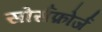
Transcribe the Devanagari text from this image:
सोर्सफ़ोर्ज